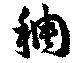
稠